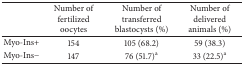
|  | Number of fertilized oocytes | Number of transferred blastocysts (%) | Number of delivered animals (%) |
 | --- | --- | --- | --- |
 | Myo-Ins+ | 154 | 105 (68.2) | 59 (38.3) |
 | Myo-Ins− | 147 | 76 (51.7)a | 33 (22.5)a |